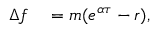
\begin{array} { r l } { \Delta f } & { { } = m ( e ^ { \alpha \tau } - r ) , } \end{array}